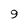
Character: 9